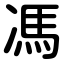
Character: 馮